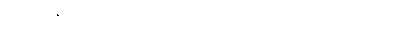
စုဝေးကြပြီး မှူးမတ်ပြည်သူတို့သည် နာရေးကူညီမှုအသင်း(ရန်ကုန်)သည်